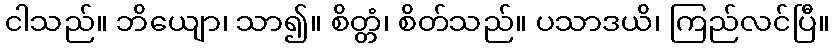
ငါသည်။ ဘိယျော၊ သာ၍။ စိတ္တံ၊ စိတ်သည်။ ပသာဒယိ၊ ကြည်လင်ပြီ။